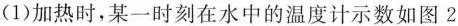
(1)加热时，某一时刻在水中的温度计示数如图2